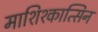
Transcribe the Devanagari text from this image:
माशिश्कात्सिन